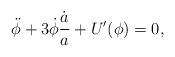
LaTeX: \begin{align*}\ddot \phi + 3 \dot \phi \frac{\dot a}{a} + U'(\phi) = 0,\end{align*}